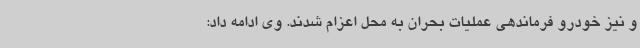
و نیز خودرو فرماندهی عملیات بحران به محل اعزام شدند. وی ادامه داد: